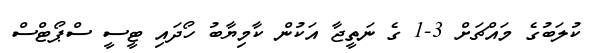
ކުލަބުގެ މައްޗަށް 3-1 ގެ ނަތީޖާ އަކުން ކާމިޔާބު ހޯދައި ޓީސީ ސްޕޯޓްސް